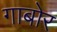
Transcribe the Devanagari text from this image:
गाबोर